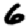
Digit: 6